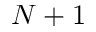
N + 1